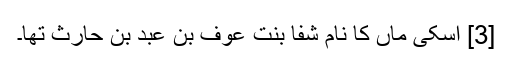
[3] اسکی ماں کا نام شفاْ بنت عوف بن عبد بن حارث تھا۔